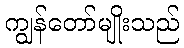
ကျွန်တော်မျိုးသည်